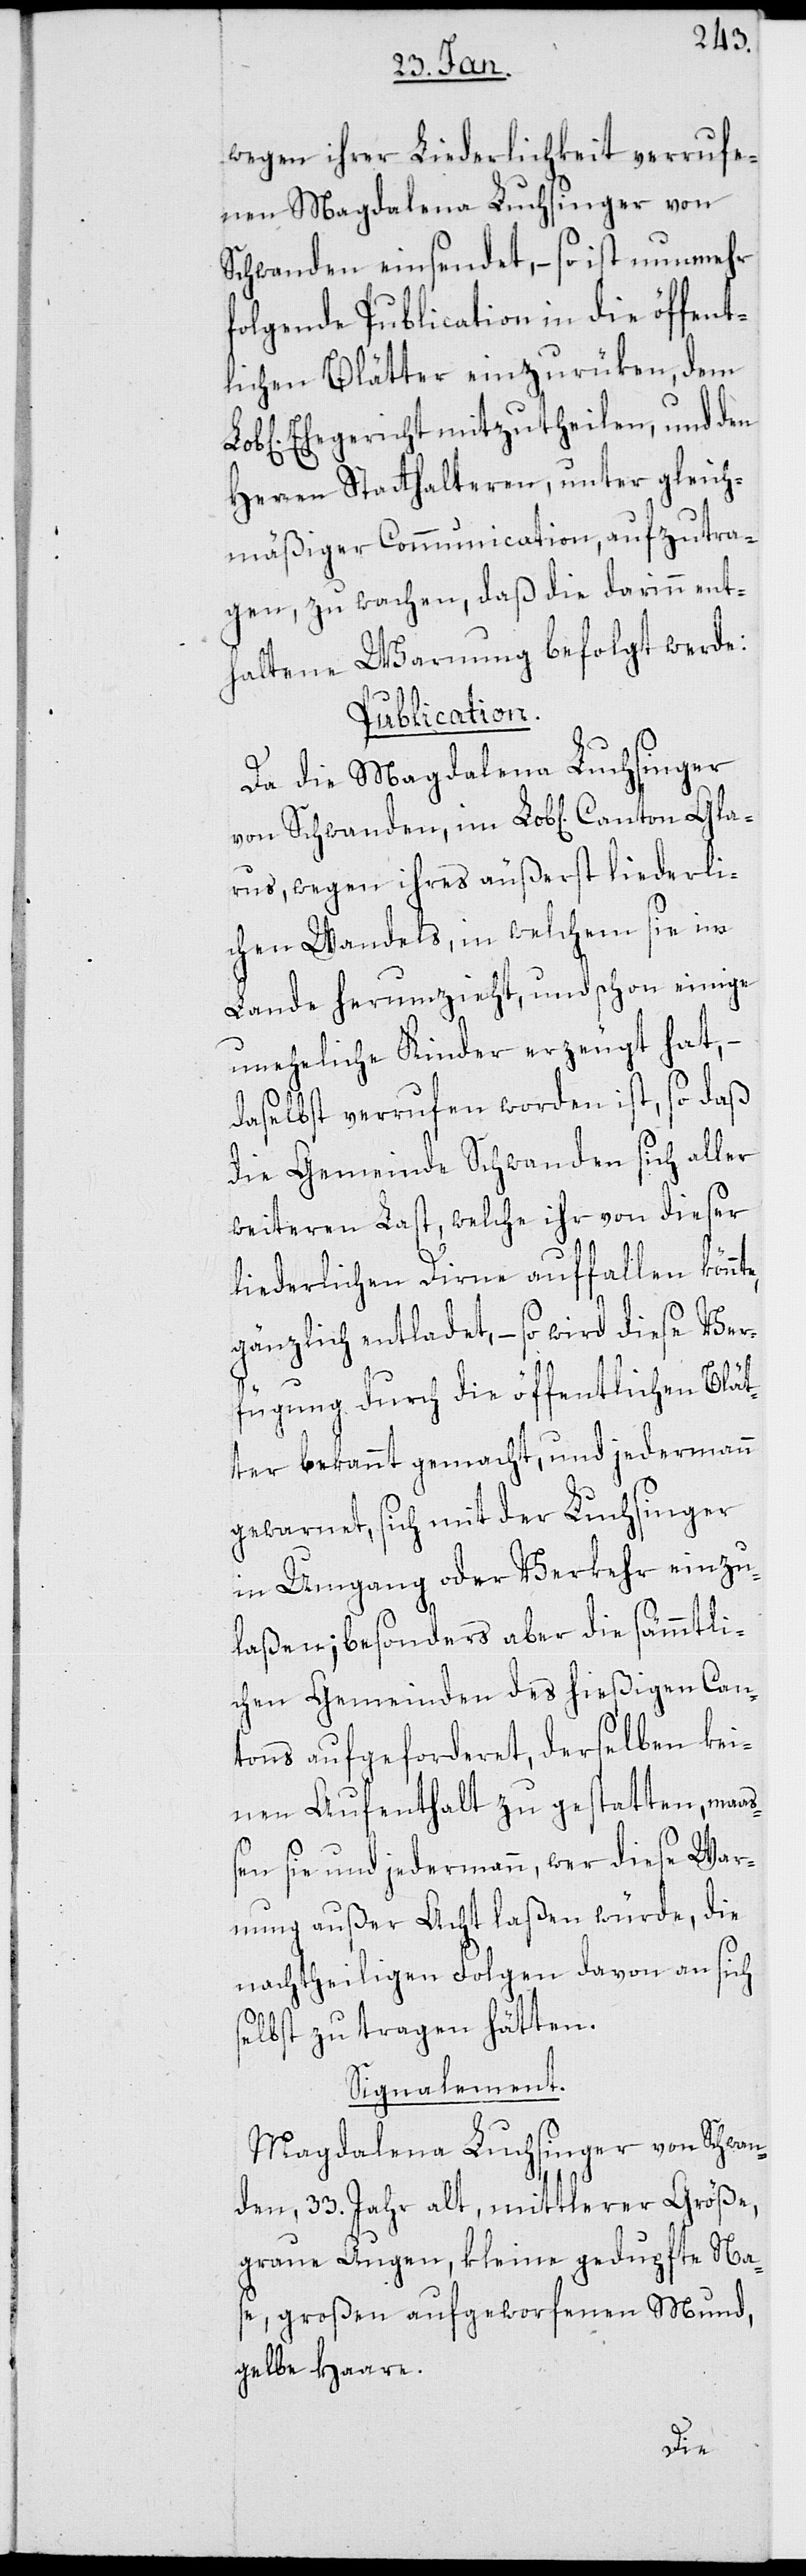
wegen ihrer Liederlichkeit verrufe¬
nen Magdalena Luchsinger von
Schwanden einsendet, – so ist nunmehr
folgende Publication in die öffent¬
lichen Blätter einzurüken, dem
Ehegericht mitzutheilen, und den
Herren Statthalteren, unter gleich¬
mäßiger Communication, aufzutra¬
gen, zu wachen, daß die darinn ent¬
haltene Warnung befolgt werde.
Publication.
Da die Magdalena Luchsinger
von Schwanden, im Lob[lichen] Canton Gla¬
rus, wegen ihres äußerst liederli¬
chen Wandels, in welchem sie im
Lande herumzieht, und schon einige
uneheliche Kinder erzeugt hat, –
daselbst verrufen worden ist, so daß
die Gemeinde Schwanden sich aller
weiteren Last, welche ihr von dieser
liederlichen Dirne auffallen könnt¬
gänzlich entladet, – so wird diese Ver¬
fügung durch die öffentlichen Blät¬
ter bekannt gemacht, und jedermann
gewarnet, sich mit der Luchsinger
in Umgang oder Verkehr einzu¬
laßen; besonders aber die sämmtli¬
chen Gemeinden des hießigen Can¬
tons aufgeforderet, derselben kei¬
nen Aufenthalt zu gestatten, maaß¬
en sie und jedermann, wer diese War¬
nung außer Acht laßen würde, die
nachtheiligen Folgen davon an sich
selbst zu tragen hätten.
Signalement.
Magdalena Luchsinger von Schwan¬
den, 33. Jahr alt, mittlerer Größe,
graue Augen, kleine gedupfte Na¬
se, großen aufgeworfenen Mund,
gelbe Haare.
e,